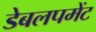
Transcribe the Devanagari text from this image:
डेबलपमेंट